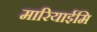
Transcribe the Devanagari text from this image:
मारियाईमि